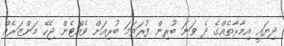
ދިޔައީ އިމާރާތެއްގެ ދެ ވަނަ ބުރިން ފުރަތަމަ ބުރިއަށް ވެއްޓެން ޖެހޭ މަންޒަރެއް